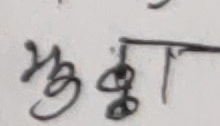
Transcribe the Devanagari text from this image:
सुझाव